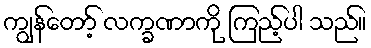
ကျွန်တော့် လက္ခဏာကို ကြည့်ပါ သည်။